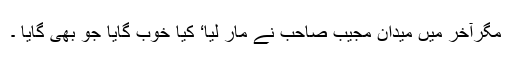
مگرآخر میں میدان مجیب صاحب نے مار لیا‘ کیا خوب گایا جو بھی گایا ۔